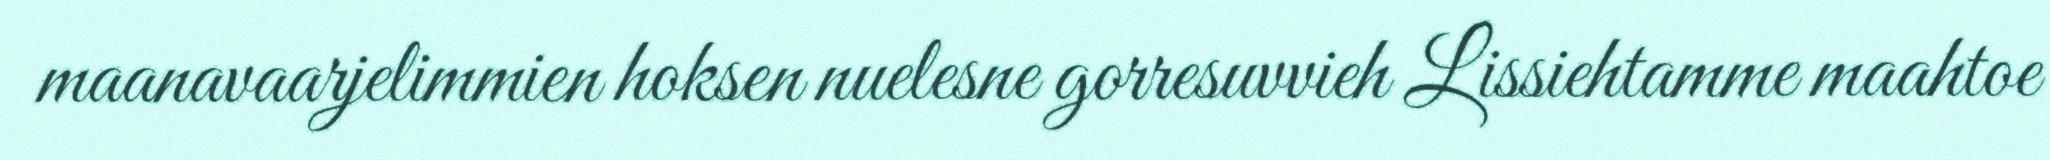
maanavaarjelimmien hoksen nuelesne gorresuvvieh Lissiehtamme maahtoe